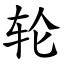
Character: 轮